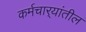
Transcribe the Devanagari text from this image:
कर्मचार्‍यांतील